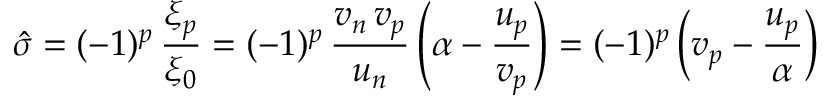
\hat { \sigma } = ( - 1 ) ^ { p } \, \frac { \xi _ { p } } { \xi _ { 0 } } = ( - 1 ) ^ { p } \, \frac { v _ { n } \, v _ { p } } { u _ { n } } \left( \alpha - \frac { u _ { p } } { v _ { p } } \right) = ( - 1 ) ^ { p } \left( v _ { p } - \frac { u _ { p } } { \alpha } \right)